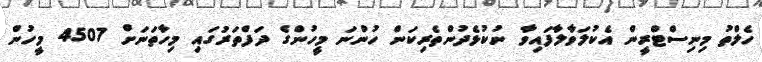
ހެލްތު މިނިސްޓްރީން އެކުލަވާލާފައިވާ ނުކުޅެދުންތެރިކަން ހުންނަ މީހުންގެ ދަފްތަރުގައި މިހާތަނަށް 4507 މީހުން